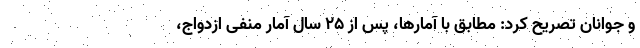
و جوانان تصریح کرد: مطابق با آمارها، پس از ۲۵ سال آمار منفی ازدواج،